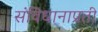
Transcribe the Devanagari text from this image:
संविधानाप्रती